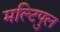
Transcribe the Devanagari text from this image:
मल्टिपुल